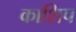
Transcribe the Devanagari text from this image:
काशिप